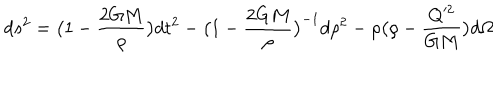
d s ^ { 2 } = \bigl ( 1 - \frac { 2 G M } { \rho } \bigr ) d t ^ { 2 } - \bigl ( 1 - \frac { 2 G M } { \rho } \bigr ) ^ { - 1 } d \rho ^ { 2 } - \rho \bigl ( \rho - \frac { Q ^ { 2 } } { G M } \bigr ) d \Omega